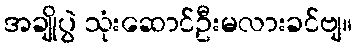
အချိုပွဲ သုံးဆောင်ဦးမလားခင်ဗျ။